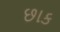
છાક